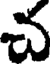
చ